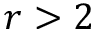
r > 2